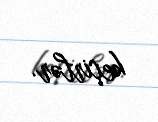
keçirlər.